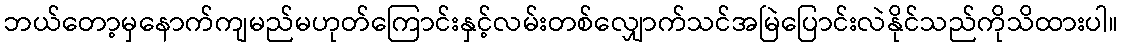
ဘယ်တော့မှနောက်ကျမည်မဟုတ်ကြောင်းနှင့်လမ်းတစ်လျှောက်သင်အမြဲပြောင်းလဲနိုင်သည်ကိုသိထားပါ။